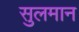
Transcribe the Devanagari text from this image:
सुलमान